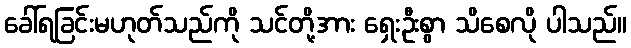
ခေါ်ရခြင်းမဟုတ်သည်ကို သင်တို့အား ရှေးဦးစွာ သိစေလို ပါသည်။